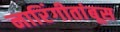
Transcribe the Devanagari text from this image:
नारिंगीतांबूस